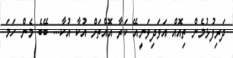
ދަރިފުޅުމެން ތިއޮއް އަވަދިވަނީއޭ ކަރާ އޮއްތަށް އުކާ އުކާ... ބޭބެ މެން ހަމަ